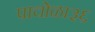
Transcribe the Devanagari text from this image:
पाचोळा३६